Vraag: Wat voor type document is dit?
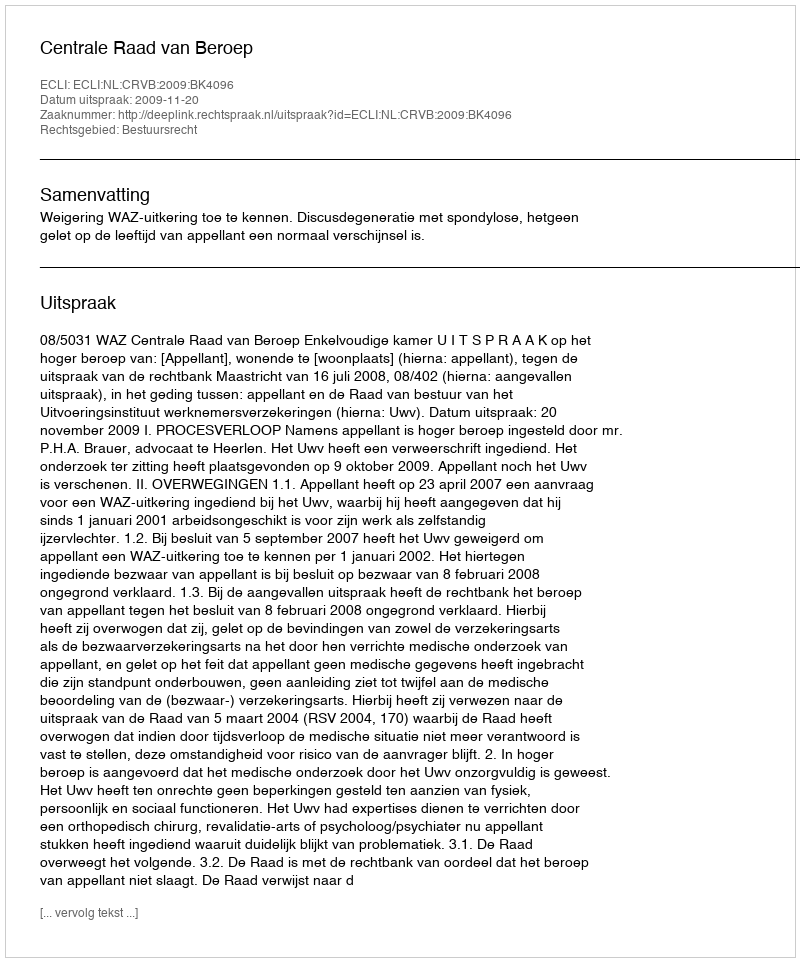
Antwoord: Uitspraak